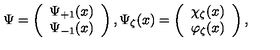
\mathrm { \boldmath \Psi \unboldmath } = \left( \begin{array} { c } { \Psi _ { + 1 } ( x ) } \\ { \Psi _ { - 1 } ( x ) } \\ \end{array} \right) , \Psi _ { \zeta } ( x ) = \left( \begin{array} { c } { \chi _ { \zeta } ( x ) } \\ { \varphi _ { \zeta } ( x ) } \\ \end{array} \right) ,